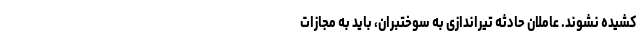
‌کشیده نشوند. عاملان حادثه تیراندازی به سوختبران، باید به مجازات